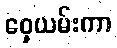
ဝှေ့ယမ်းကာ